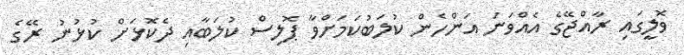
ވޮލީގައި ރާއްޖޭގެ އެއްވަނަ އަންހެން ކުލަބުކަމަށްވާ ޕޮލިސް ކުލަބާއި ދެކޮޅަށް ކުޅުނު ރޭގެ